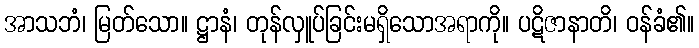
အာသဘံ၊ မြတ်သော။ ဋ္ဌာနံ၊ တုန်လှူပ်ခြင်းမရှိသောအရာကို။ ပဋိဇာနာတိ၊ ဝန်ခံ၏။